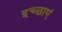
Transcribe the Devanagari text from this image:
इच्‍छाएं